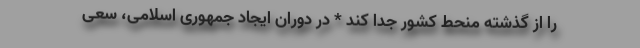
را از گذشته منحط کشور جدا کند * در دوران ایجاد جمهوری اسلامی، سعی